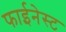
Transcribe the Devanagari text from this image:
फाईनेस्ट